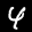
Label: 4